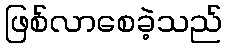
ဖြစ်လာစေခဲ့သည်